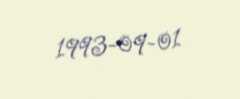
1993-09-01